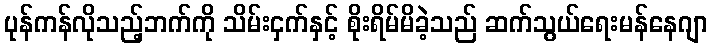
ပုန်ကန်လိုသည့်ဘက်ကို သိမ်းငှက်နှင့် စိုးရိမ်မိခဲ့သည် ဆက်သွယ်ရေးမန်နေဂျာ